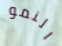
النمو